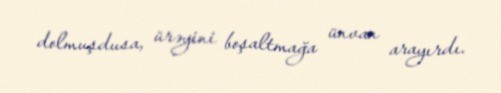
dolmuşdusa, ürəyini boşaltmağa ünvan arayırdı.